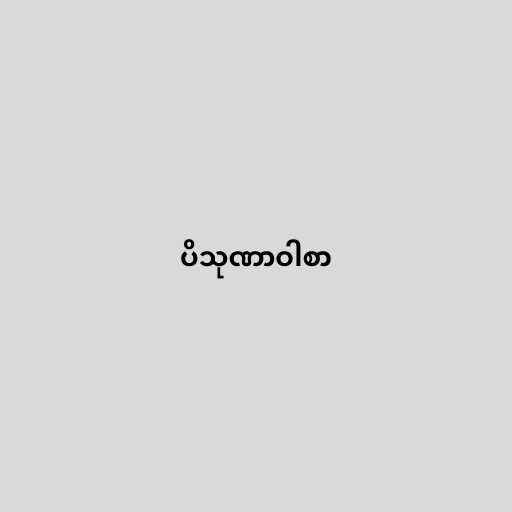
ပိသုဏာဝါစာ